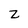
Character: Z